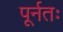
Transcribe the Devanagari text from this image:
पूर्नतः